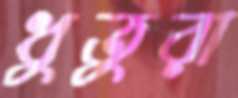
ধুতুরা